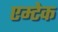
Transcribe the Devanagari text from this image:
एम्टेक